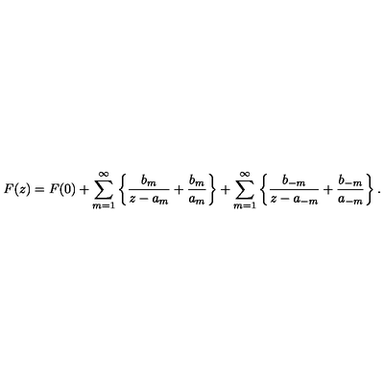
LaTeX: F ( z ) = F ( 0 ) + \sum _ { m = 1 } ^ { \infty } \left\{ \frac { b _ { m } } { z - a _ { m } } + \frac { b _ { m } } { a _ { m } } \right\} + \sum _ { m = 1 } ^ { \infty } \left\{ \frac { b _ { - m } } { z - a _ { - m } } + \frac { b _ { - m } } { a _ { - m } } \right\} .